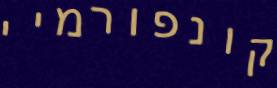
קונפורמיי